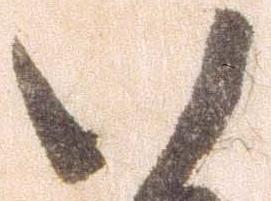
い